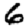
Digit: 6